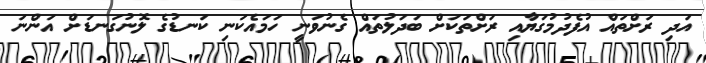
އަދި ރަށްތައް އުފެދުމުގަޔާއި ރަށްތަކަށް ބަދަލުތައް ގެނުވަނީ ހަމައެކަނި ކަނޑުގެ ލޮނުގަނޑަށް އަންނަ